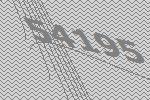
54195